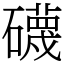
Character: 礣